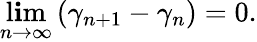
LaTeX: \operatorname*{l\mathbf{i}m}_{n\rightarrow\infty}\left(\gamma_{n+1}-\gamma_{n}\right)=0.